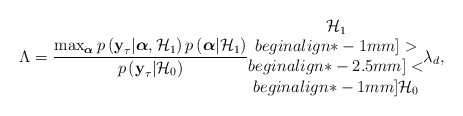
\begin{align*} \Lambda = \frac{\max_{\boldsymbol{\alpha}} p\left(\textbf{y}_{\tau}|\boldsymbol{\alpha},\mathcal{H}_1\right) p\left(\boldsymbol{\alpha}|\mathcal{H}_1\right)}{ p\left(\textbf{y}_{\tau}|\mathcal{H}_0\right) }\begin{matrix} \mathcal{H}_1\\begin{align*}-1mm]>\\begin{align*}-2.5mm] <\\begin{align*}-1mm] \mathcal{H}_0 \end{matrix} \lambda_d,\end{align*}